Triennial report on the lunatic asylums in the province of Eastern Bengal and Assam - 1903-1911
Year: 1903
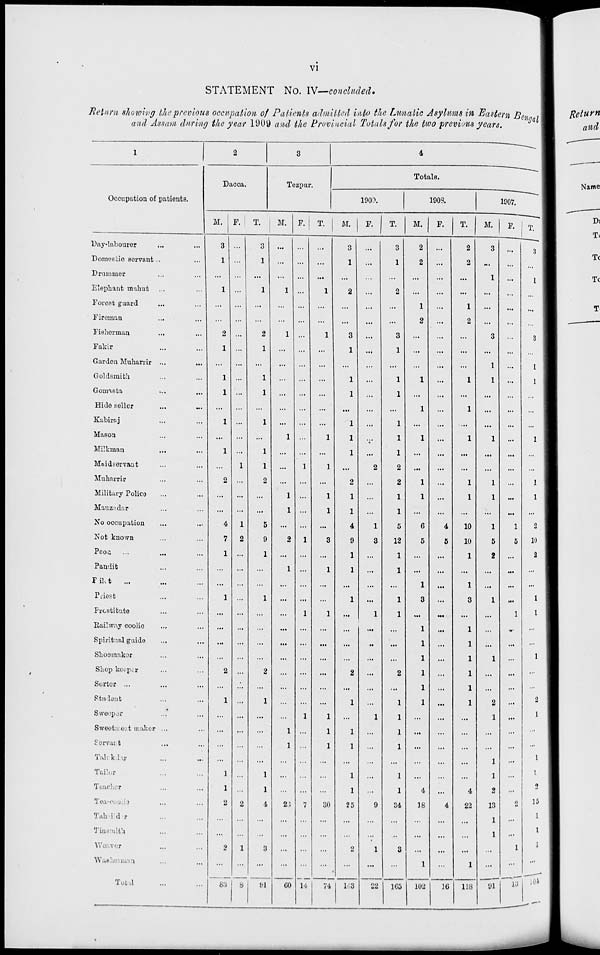
vi
STATEMENT No. IV—concluded.
Return showing the previous occupation of Patients admitted into the Lunatic Asylums in Eastern Bengal
and Assam during the year 1909 and the Provincial Totals for the two previous years.
1
Occupation of patients.
Day-labourer ... ...
Domestic servant ... ...
Drummer ... ...
Elephant mahut ... ...
Forest guard ... ...
Fireman ... ...
Fisherman ... ...
Fakir ... ...
Garden Muharrir ... ...
Goldsmith ... ...
Gomasta ... ...
Hide seller ... ...
Kabiraj ... ...
Mason ... ...
Milkman
...
...
Maidservant ... ...
Muharrir ... ...
Military Police ... ...
Mauzadar ... ...
No occupation ... ...
Not known ... ...
Peon ... ... ...
Pandit ... ...
Pilot
... ... ...
Priest ... ...
Prostitute ... ...
Railway coolie ... ...
Spiritual guide ... ...
Shoemaker ... ...
Shop keeper ... ...
Sorter ... ... ...
Student ... ...
Sweeper ... ...
Sweetmeat maker ... ...
Servant ... ...
Talukdar ... ...
Tailor ... ...
Teacher ... ...
Tea-coolie ... ...
Tahsildar ... ...
Tinsmith ... ...
Weaver ... ...
Washerman ... ...
Total ... ...
2
Dacca.
M.
3
1
...
1
...
...
2
1
...
1
1
...
1
...
1
...
2
...
...
4
7
1
...
...
1
...
...
...
...
2
...
1
...
...
...
...
1
1
2
...
...
2
...
83
F.
...
...
...
...
...
...
...
...
...
...
...
...
...
...
...
1
...
...
...
1
2
...
...
...
...
...
...
...
...
...
...
...
...
...
...
...
...
...
2
...
...
1
...
8
T.
3
1
...
1
...
...
2
1
...
1
1
...
1
...
1
1
2
...
...
5
9
1
...
...
1
...
...
...
...
2
...
1
...
...
...
...
1
1
4
...
...
3
...
91
3
Tezpur.
M.
...
...
...
1
...
...
1
...
...
...
...
...
...
1
...
...
...
1
1
...
2
...
1
...
...
...
...
...
...
...
...
...
...
1
1
...
...
...
23
...
...
...
...
60
F.
...
...
...
...
...
...
...
...
...
...
...
...
...
...
...
1
...
...
...
...
1
...
...
...
...
1
...
...
...
...
...
...
1
...
...
...
...
...
7
...
...
...
...
14
T.
...
...
...
1
...
...
1
...
...
...
...
...
...
1
...
1
...
1
1
...
3
...
1
...
...
1
...
...
...
...
...
...
1
1
1
...
...
...
30
...
...
...
...
74
4
Totals.
1909.
M.
3
1
...
2
...
...
3
1
...
1
1
...
1
1
1
...
2
1
1
4
9
1
1
...
1
...
...
...
...
2
...
1
...
1
1
...
1
1
25
...
...
2
...
143
F.
...
...
...
...
...
...
...
...
...
...
...
...
...
...
...
2
...
...
...
1
3
...
...
...
...
1
...
...
...
...
...
...
1
...
...
...
...
...
9
...
...
1
...
22
T.
3
1
...
2
...
...
3
1
...
1
1
...
1
1
1
2
2
1
1
5
12
1
1
...
1
1
...
...
...
2
...
1
1
1
1
...
1
1
34
...
..
3
...
165
1908.
M.
2
2
...
...
1
2
...
...
...
1
...
1
...
1
...
...
1
1
...
6
5
...
...
1
3
...
1
1
1
1
1
1
...
...
...
...
...
4
18
...
...
...
1
102
F.
...
...
...
...
...
...
...
...
...
...
...
...
...
...
...
...
...
...
...
4
5
...
...
...
...
...
...
...
...
...
...
...
...
...
...
...
...
...
4
...
...
...
...
16
T.
2
2
...
...
1
2
...
...
...
1
...
1
...
1
...
...
1
1
...
10
10
1
...
1
3
...
1
1
1
1
1
1
...
...
...
...
...
4
22
...
...
...
1
118
1907.
M.
3
...
1
...
...
...
3
...
1
1
...
...
...
1
...
...
1
1
...
1
5
2
...
...
1
...
...
...
1
...
...
2
1
...
...
1
1
2
13
1
1
...
...
91
F.
...
...
...
...
...
...
...
...
...
...
...
...
...
...
...
...
...
...
...
1
5
...
...
...
...
1
...
...
...
...
...
...
...
...
...
...
...
...
2
...
...
1
...
13
T.
3
...
1
...
...
...
3
...
1
1
...
...
...
1
...
...
1
1
...
2
10
2
...
...
1
1
...
...
1
...
...
2
1
...
...
1
1
2
15
1
1
1
...
104